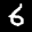
Label: 6